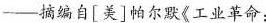
-摘编自[美]帕尔默《工业革命：